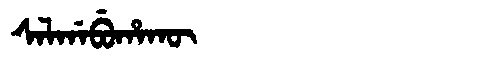
Manchu: ᠰᠠᠯᡤᠠᠪᡠᡥᠠᡴᡡ
Romanization: SALGABUHAKŪ